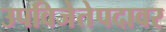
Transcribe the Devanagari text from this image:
उपविजेतेपदावर